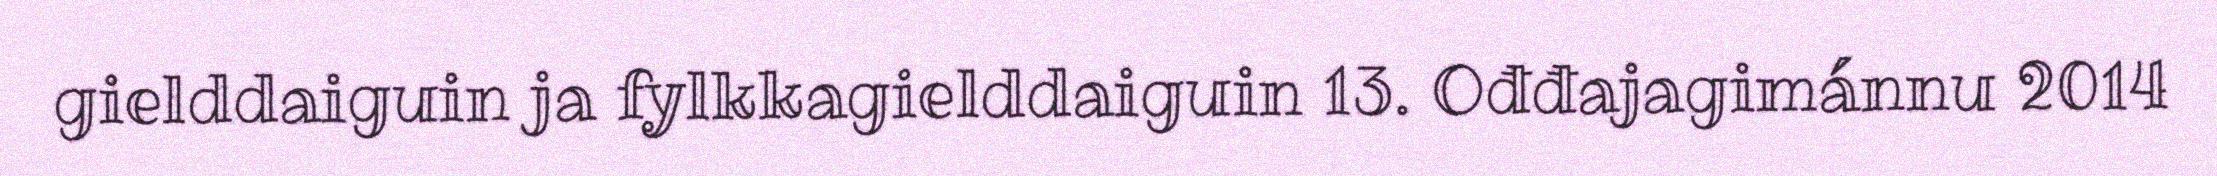
gielddaiguin ja fylkkagielddaiguin 13. Ođđajagimánnu 2014